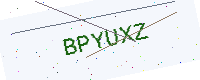
Text: BPYUXZ